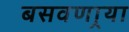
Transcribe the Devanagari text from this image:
बसवणार्‍या